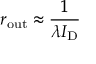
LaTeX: r _ { \mathrm { o u t } } \approx { \frac { 1 } { \lambda I _ { \mathrm { D } } } }